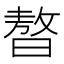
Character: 𣊁